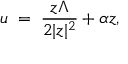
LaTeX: u \; = \; \frac { z \Lambda } { 2 | z | ^ { 2 } } + \alpha z ,